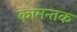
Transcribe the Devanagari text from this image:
कामन्तक